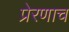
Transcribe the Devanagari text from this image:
प्रेरणाच